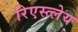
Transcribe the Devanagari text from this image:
रिएस्त्लेय